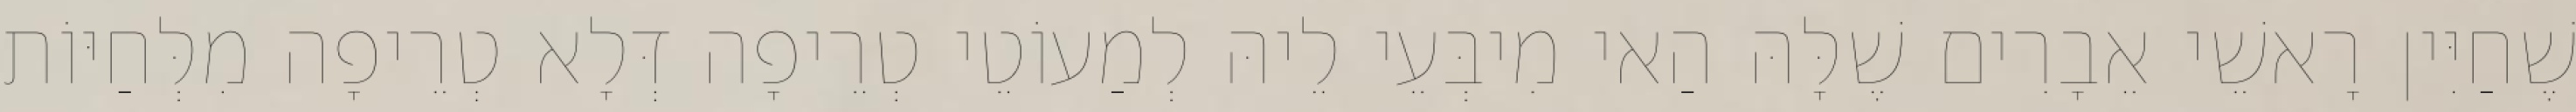
שֶׁחַיִּין רָאשֵׁי אֵבָרִים שֶׁלָּהּ הַאי מִיבְּעֵי לֵיהּ לְמַעוֹטֵי טְרֵיפָה דְּלָא טְרֵיפָה מִלְּחַיּוֹת